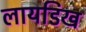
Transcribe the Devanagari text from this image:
लायडिख